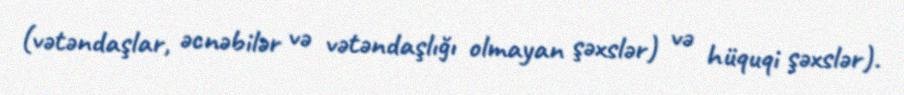
(vətəndaşlar, əcnəbilər və vətəndaşlığı olmayan şəxslər) və hüquqi şəxslər).